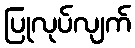
ပြုလုပ်လျက်